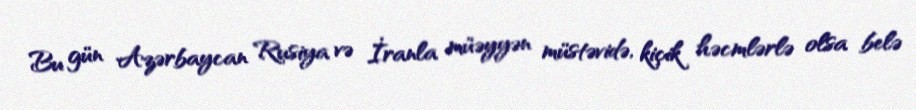
Bu gün Azərbaycan Rusiya və İranla müəyyən müstəvidə, kiçik həcmlərlə olsa belə